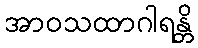
အာဝသထာဂါရန္တိ